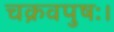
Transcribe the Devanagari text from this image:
चक्रवपुषः।